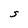
Character: S